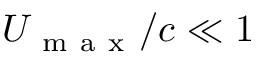
U _ { \mathrm { ~ m ~ a ~ x ~ } } / c \ll 1